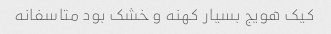
کیک هویج بسیار کهنه و خشک بود متاسفانه